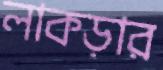
লাকড়ার